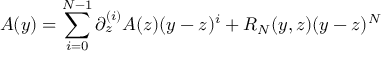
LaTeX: A ( y ) = \sum _ { i = 0 } ^ { N - 1 } \partial _ { z } ^ { ( i ) } A ( z ) ( y - z ) ^ { i } + R _ { N } ( y , z ) ( y - z ) ^ { N }